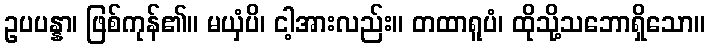
ဥပပန္နာ၊ ဖြစ်ကုန်၏။ မယှံပိ၊ ငါ့အားလည်း။ တထာရူပံ၊ ထိုသို့သဘောရှိသော။